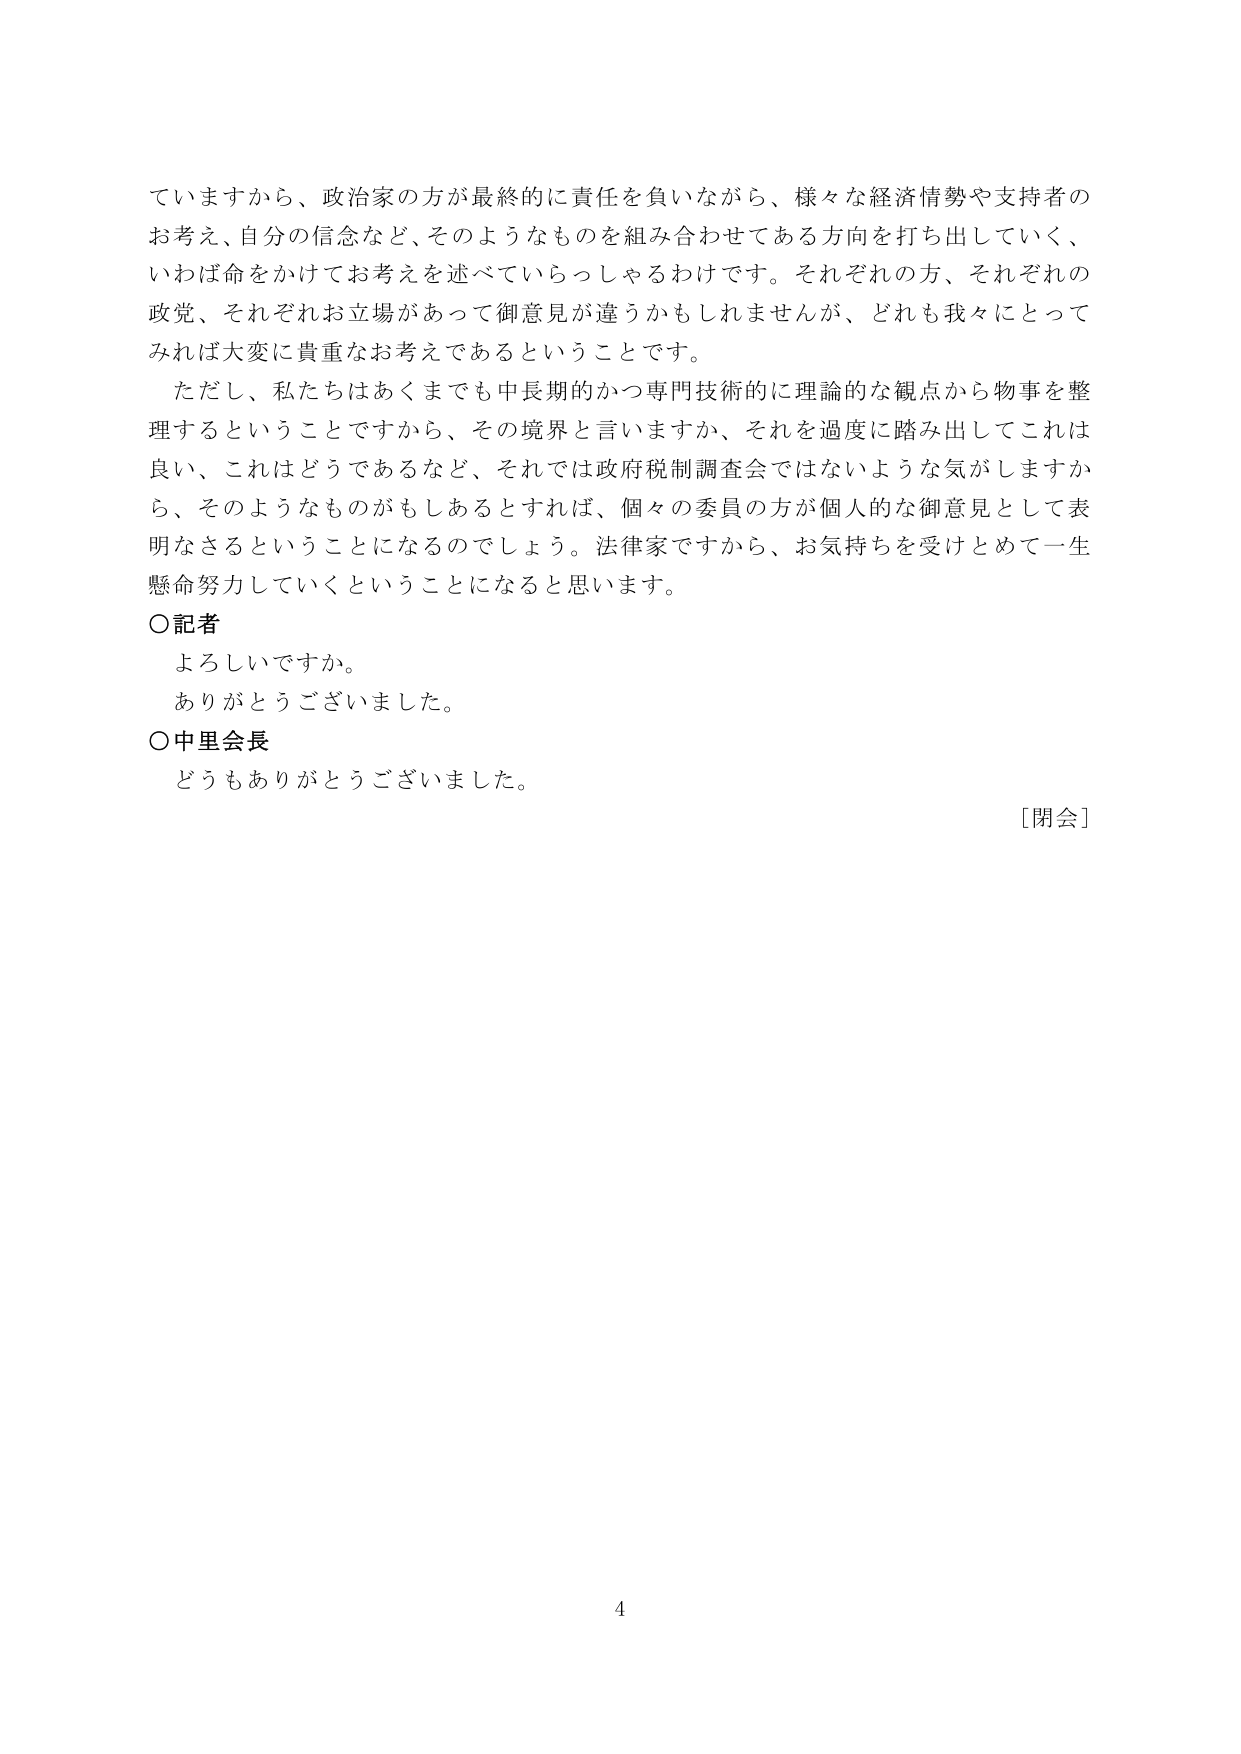
ていますから、政治家の方が最終的に責任を負いながら、様々な経済情勢や支持者のお考え、自分の信念など、そのようなものを組み合わせてある方向を打ち出していき、いわば命をかけてお考えを述べていらっしゃるわけです。それぞれの方、それぞれの政党、それぞれお立場があって御意見が違うかもしれませんが、どれも我々にとってみれば大変に貴重なお考えであるということです。

ただし、私たちはあくまでも中長期的かつ専門技術的に理論的な観点から物事を整理するということですから、その境界と言いますか、それを過度に踏み出してこれは良い、これはどうであるなど、それでは政府税制調査会ではないような気がしますから、そのようなものがあるとすれば、個々の委員の方が個人的な御意見として表明なさるということになるのでしょう。法律家ですから、お気持ちを受けとめて一生懸命努力していくということになると思います。

〇記者
よろしいですか。
ありがとうございました。

〇中里会長
どうもありがとうございました。

［閉会］

4